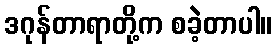
ဒဂုန်တာရာတို့က စခဲ့တာပါ။